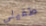
طفيلي